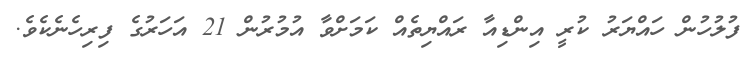
ފުލުހުން ހައްޔަރު ކުރީ އިންޑިއާ ރައްޔިތެއް ކަމަށްވާ އުމުރުން 21 އަހަރުގެ ފިރިހެނެކެވެ.